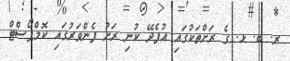
ރ. ބ. ޅ. ގެ ރަށްތަކުގައި އުފެދޭ ކުނި ރަށު ފެންވަރުގައި ކޮމްޕޯސްޓް